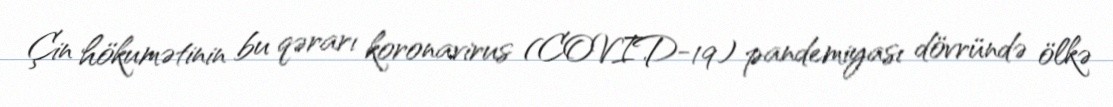
Çin hökumətinin bu qərarı koronavirus (COVID-19) pandemiyası dövründə ölkə